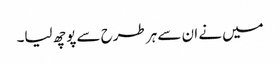
میں نے ان سے ہر طرح سے پوچھ لیا۔